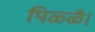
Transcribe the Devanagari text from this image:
पिळ्ळै।